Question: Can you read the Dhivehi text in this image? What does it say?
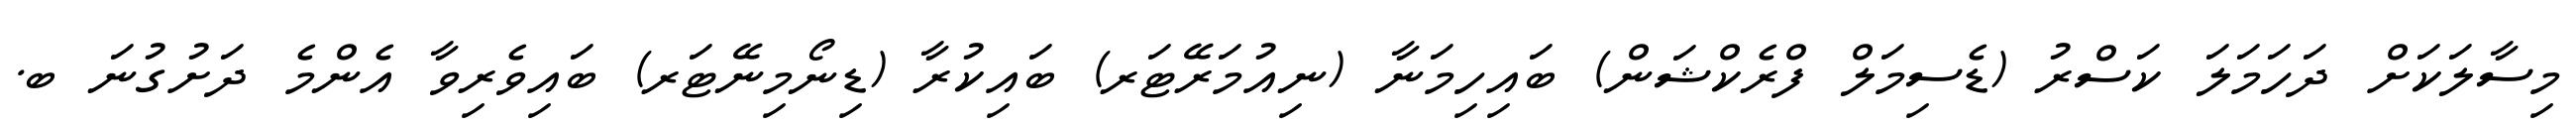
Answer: މިސާލަކަށް ދަހަމަލަ ކަސްރު (ޑެސިމަލް ފްރެކްޝަން) ބައިހިމަނާ (ނިއުމަރޭޓަރ) ބައިކުރާ (ޑިނޯމިނޭޓަރ) ބައިވެރިވާ އެންމެ ދަށުގުނަ ބ.